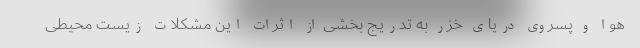
هوا و پسروی دریای خزر به تدریج بخشی از اثرات این مشکلات زیست محیطی